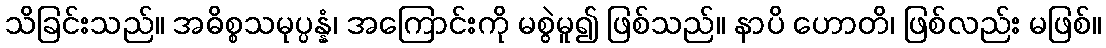
သိခြင်းသည်။ အဓိစ္စသမုပ္ပန္နံ၊ အကြောင်းကို မစွဲမူ၍ ဖြစ်သည်။ နာပိ ဟောတိ၊ ဖြစ်လည်း မဖြစ်။